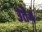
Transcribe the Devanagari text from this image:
३ते४